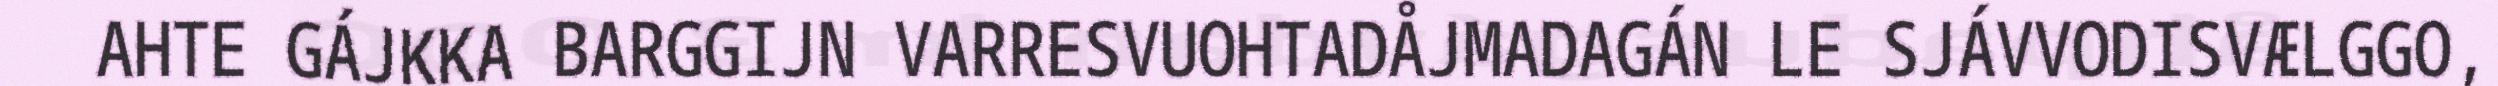
AHTE GÁJKKA BARGGIJN VARRESVUOHTADÅJMADAGÁN LE SJÁVVODISVÆLGGO,